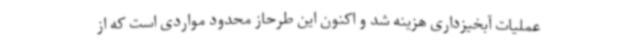
عملیات آبخیزداری هزینه شد و اکنون این طرحاز محدود مواردی است که از